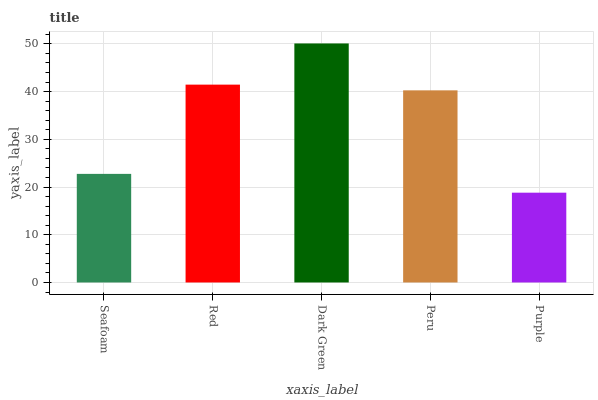
| xaxis_label | bars |
 | --- | --- |
 | Seafoam | 22.8 |
 | Red | 41.5 |
 | Dark Green | 50.1 |
 | Peru | 40.3 |
 | Purple | 18.8 |